Plague in India, 1896, 1897 - Volume 3
Year: 1896
Disease focus: Plague
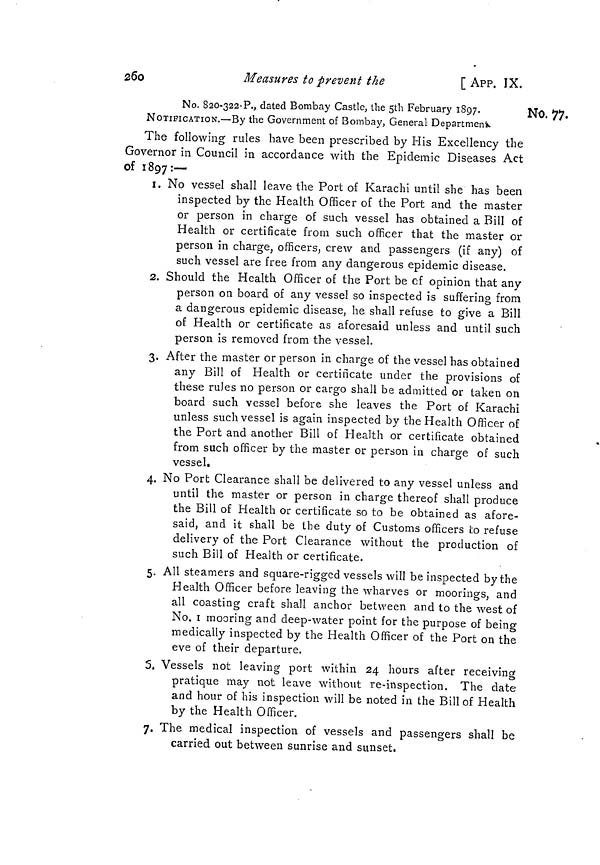
260
Measures to prevent the
[ APP. IX.
No. 77.
No. 820-322-P., dated Bombay Castle, the 5th February 1897.
NOTIFICATION.—By the Government of Bombay, General Department
The following rules have been prescribed by His Excellency the
Governor in Council in accordance with the Epidemic Diseases Act
of 1897:—
1. No vessel shall leave the Port of Karachi until she has been
inspected by the Health Officer of the Port and the master
or person in charge of such vessel has obtained a Bill of
Health or certificate from such officer that the master or
person in charge, officers, crew and passengers (if any) of
such vessel are free from any dangerous epidemic disease.
2. Should the Health Officer of the Port be cf opinion that any
person on board of any vessel so inspected is suffering from
a dangerous epidemic disease, he shall refuse to give a Bill
of Health or certificate as aforesaid unless and until such
person is removed from the vessel.
3. After the master or person in charge of the vessel has obtained
any Bill of Health or certificate under the provisions of
these rules no person or cargo shall be admitted or taken on
board such vessel before she leaves the Port of Karachi
unless such vessel is again inspected by the Health Officer of
the Port and another Bill of Health or certificate obtained
from such officer by the master or person in charge of such
vessel.
4. No Port Clearance shall be delivered to any vessel unless and
until the master or person in charge thereof shall produce
the Bill of Health or certificate so to be obtained as afore-
said, and it shall be the duty of Customs officers to refuse
delivery of the Port Clearance without the production of
such Bill of Health or certificate.
5. All steamers and square-rigged vessels will be inspected by the
Health Officer before leaving the wharves or moorings, and
O '
all coasting craft shall anchor between and to the west of
No. 1 mooring and deep-water point for the purpose of being
medically inspected by the Health Officer of the Port on the
eve of their departure.
5. Vessels not leaving port within 24 hours after receiving
pratique may not leave without re-inspection. The date
and hour of his inspection will be noted in the Bill of Health
by the Health Officer.
7. The medical inspection of vessels and passengers shall be
carried out between sunrise and sunset.